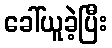
ခေါ်ယူခဲ့ပြီး